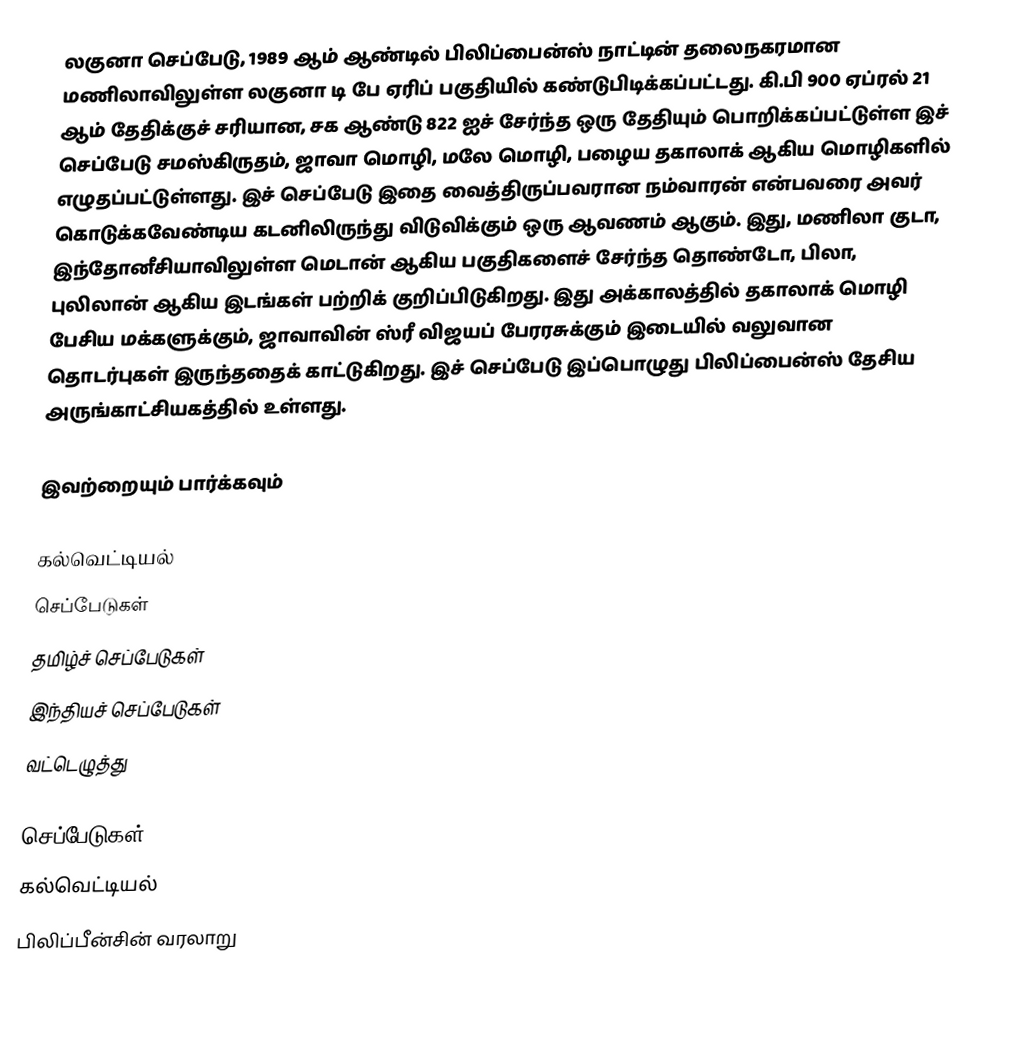
லகுனா செப்பேடு, 1989 ஆம் ஆண்டில் பிலிப்பைன்ஸ் நாட்டின் தலைநகரமான மணிலாவிலுள்ள லகுனா டி பே ஏரிப் பகுதியில் கண்டுபிடிக்கப்பட்டது. கி.பி 900 ஏப்ரல் 21 ஆம் தேதிக்குச் சரியான, சக ஆண்டு 822 ஐச் சேர்ந்த ஒரு தேதியும் பொறிக்கப்பட்டுள்ள இச் செப்பேடு சமஸ்கிருதம், ஜாவா மொழி, மலே மொழி, பழைய தகாலாக் ஆகிய மொழிகளில் எழுதப்பட்டுள்ளது. இச் செப்பேடு இதை வைத்திருப்பவரான நம்வாரன் என்பவரை அவர் கொடுக்கவேண்டிய கடனிலிருந்து விடுவிக்கும் ஒரு ஆவணம் ஆகும். இது, மணிலா குடா, இந்தோனீசியாவிலுள்ள மெடான் ஆகிய பகுதிகளைச் சேர்ந்த தொண்டோ, பிலா, புலிலான் ஆகிய இடங்கள் பற்றிக் குறிப்பிடுகிறது. இது அக்காலத்தில் தகாலாக் மொழி பேசிய மக்களுக்கும், ஜாவாவின் ஸ்ரீ விஜயப் பேரரசுக்கும் இடையில் வலுவான தொடர்புகள் இருந்ததைக் காட்டுகிறது. இச் செப்பேடு இப்பொழுது பிலிப்பைன்ஸ் தேசிய அருங்காட்சியகத்தில் உள்ளது.

இவற்றையும் பார்க்கவும்

 கல்வெட்டியல்
 செப்பேடுகள்
 தமிழ்ச் செப்பேடுகள்
 இந்தியச் செப்பேடுகள்
 வட்டெழுத்து

செப்பேடுகள்
கல்வெட்டியல்
பிலிப்பீன்சின் வரலாறு